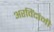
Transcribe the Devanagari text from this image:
अरविंदांनी